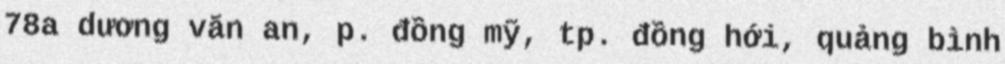
78a dương văn an, p. đồng mỹ, tp. đồng hới, quảng bình